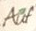
Auf